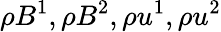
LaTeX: \rho B^{1},\rho B^{2},\rho u^{1},\rho u^{2}